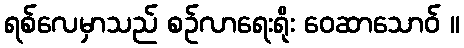
ရစ်လေမှာသည် စဉ်လာရေးရိုး ဝေဆာသောဝ် ။